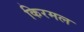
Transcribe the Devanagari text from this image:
किरमल